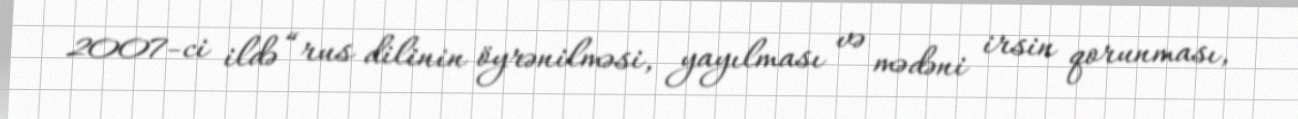
2007-ci ildə “rus dilinin öyrənilməsi, yayılması və mədəni irsin qorunması,